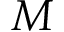
M